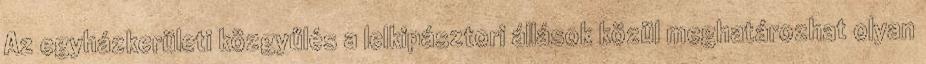
Az egyházkerületi közgyűlés a lelkipásztori állások közül meghatározhat olyan